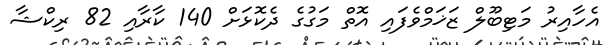
އެހާއިރު މަޓިބޫލް ޒަޚަމްވެފައި އޮތް މަގުގެ ދެކޮޅަށް 140 ކާރާއި 82 ރިކްޝާ